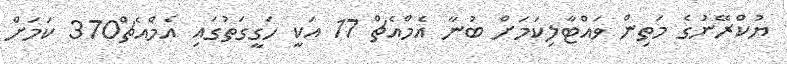
ޔުކްރޭނުގެ މަތިން ވައްޓާލިކަމަށް ބުނާ އެމްއެޗް 17 އަކީ ހަގީގަތުގައި އެމްއެޗް370 ކަމަށް